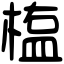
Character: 𣖻